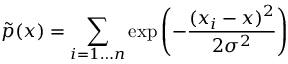
\tilde { p } ( x ) = \sum _ { i = 1 \ldots n } \exp { \left( - \frac { ( x _ { i } - x ) ^ { 2 } } { 2 \sigma ^ { 2 } } \right) }